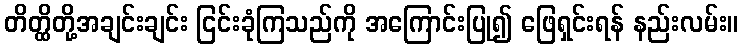
တိတ္ထိတို့အချင်းချင်း ငြင်းခုံကြသည်ကို အကြောင်းပြု၍ ဖြေရှင်းရန် နည်းလမ်း။